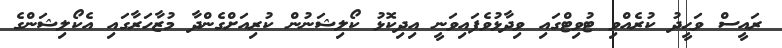
ރައީސް ވަޙީދު ކުރެއްވި ޓުވިޓްގައި ވިދާޅުވެފައިވަނީ އިދިކޮޅު ކޯލިޝަނުން ކުރިއަށްގެންދާ މުޒާހަރާގައި އެކޯލިޝަންގެ